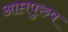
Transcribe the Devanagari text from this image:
आप्तपुरुष